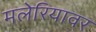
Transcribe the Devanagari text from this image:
मलेरियावर